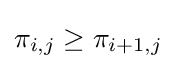
\pi _{i,j}\geq \pi _{i+1,j}